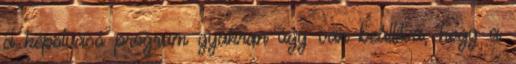
a képolvasó program gyakran úgy van beállítva, hogy a